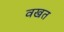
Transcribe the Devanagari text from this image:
वखत